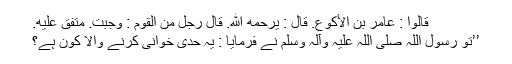
قَالُوْا : عَامِرُ بْنُ الْأَکْوَعِ. قَالَ : يَرْحَمُهُ اللهُ. قَالَ رَجُلٌ مِنَ الْقَوْمِ : وَجَبَتْ. مُتَّفَقٌ عَلَيْهِ.
’’تو رسول اللہ صلی اللہ علیہ وآلہ وسلم نے فرمایا : یہ حدی خوانی کرنے والا کون ہے؟